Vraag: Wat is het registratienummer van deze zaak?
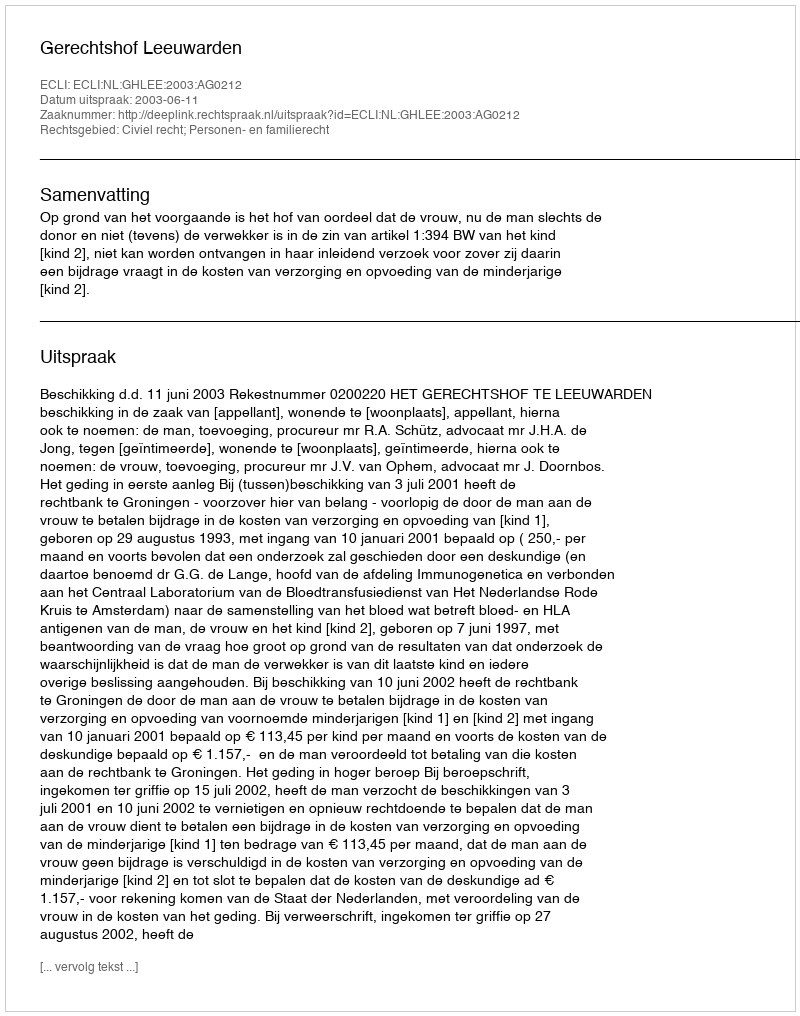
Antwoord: http://deeplink.rechtspraak.nl/uitspraak?id=ECLI:NL:GHLEE:2003:AG0212